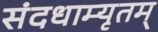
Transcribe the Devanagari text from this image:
संदधाम्यृतम्